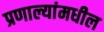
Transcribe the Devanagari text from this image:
प्रणाल्यांमधील